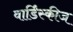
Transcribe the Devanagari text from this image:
वार्डिंस्कीज